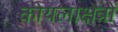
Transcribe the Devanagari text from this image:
कोयलाक्षेत्रों